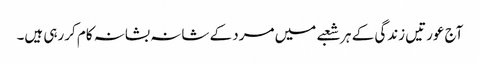
آج عورتیں زندگی کے ہر شعبے میں مرد کے شانہ بشانہ کام کررہی ہیں۔